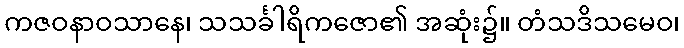
ကဇဝနာဝသာနေ၊ သသင်္ခါရိကဇော၏ အဆုံး၌။ တံသဒိသမေဝ၊